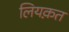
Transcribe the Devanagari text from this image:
लियक़त